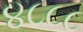
૪૮૮૮